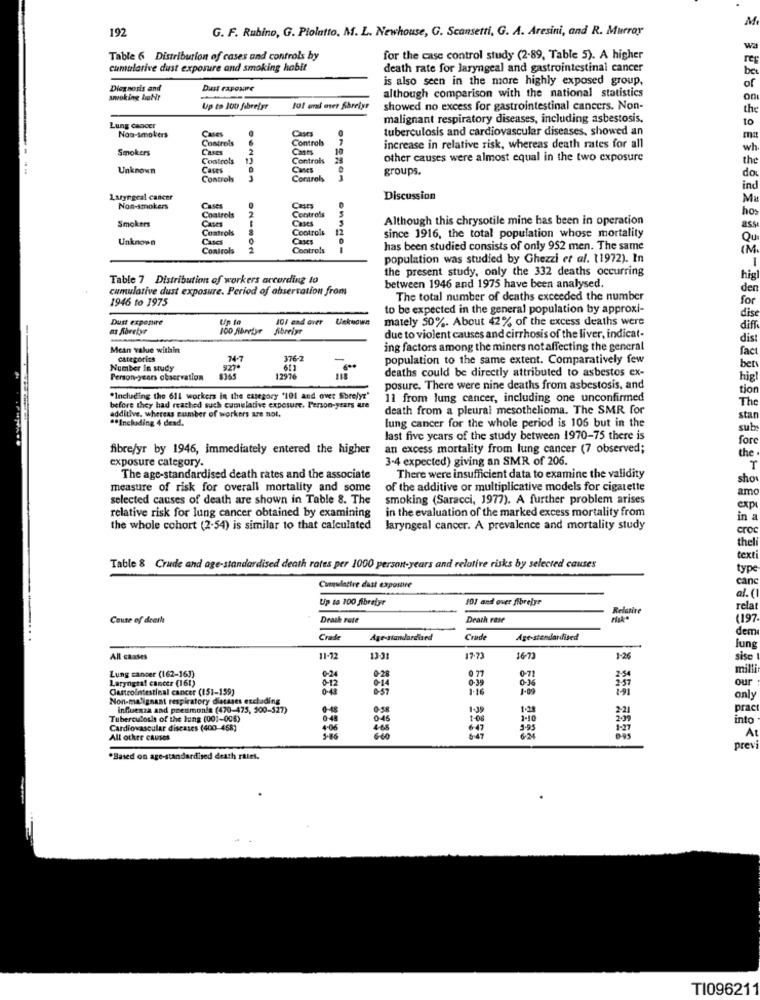
M
192
G. F. Rubino, G. Plolatto, M. L. Newhouse, G. Scansetti, G. A. Aresini, and R. Murray
w
Table 6 Distribution of cases and controls by
for the case control study (2-89, Table 5). A higher
re
cumulative dust exposure and smoking habit
death rate for laryngeal and gastrointestinal cancer
is also seen in the more highly exposed group,
be
Diagnosis and
Dust rapoure
although comparison with the national statistics
of
smoking habt
on
Up to lot fibrefyr
101 ural over Shrelys
showed no excess for gastrointestinal cancers. Non-
the
malignant respiratory diseases, including asbestosis.
to
Lung Cancer
Cases
Cases
tuberculosis and cardiovascular diseases, showed an
Non-smokers
Controls
Controls
ma
Smokers
Cases
Casts
10
increase in relative risk, whereas death rates for all
wh
Controls
Controls
24
other causes were almost equal in the two exposure
the
Unknown
Cases
Caes
groups.
Controls
Comrols
do
ind
Laryngeal cancer
Discussion
M
Non-smokers
Cases
Controls
Controls
hos
Smokers
Cases
Cases
Although this chrysotile mine has been in operation
Controls
Cootrois
12
ass
Unknown
Cucs
since 1916, the total population whose mortality
Controls
2
ON-SON
Controls
has been studied consists of only 952 men. The same
(M.
population was studied by Ghezzi et al. (1972). In
the present study, only the 332 deaths occurring
Table 7 Distribution of workers according to
hig
cumulative dust exposure. Period of observation from
between 1946 and 1975 have been analysed.
den
1946 to 1975
The total number of deaths exceeded the number
for
to be expected in the general population by approxi-
dise
Dust exposure
Up to
101 and orer Uekuowe
mately 50%. About 42% of the excess deaths were
as Abretyr
100 Abreise
Abreist
diff
due to violent causes and cirrhosis of the liver, indicat-
dis
Mean value within
ing factors among the miners not affecting the general
fac
categories
74-7
376-2
population to the same extent. Comparatively few
Number In study
927
deaths could be directly attributed to asbestos ex-
bets
Person-years observation
12976
hig
posure. There were nine deaths from asbestosis, and
tion
"Including the 611 workers in the essegory '101 and over Sbrelyr"
11 from lung cancer, including one unconfirmed
The
before they had reached such cumulative exposure. Person-years are
additive. whereas number of workers are not,
death from a pleural mesothelioma. The SMR for
** Including 4 dead.
lung cancer for the whole period is 105 but in the
star
sub
last five years of the study between 1970-75 there is
for
fibre/yr by 1946, immediately entered the higher
an excess mortality from lung cancer (7 observed;
exposure category.
3-4 expected) giving an SMR of 206.
the
T
The age-standardised death rates and the associate
There were insufficient data to examine the validity
sho
measure of risk for overall mortality and some
of the additive or multiplicative models for cigarette
am
selected causes of death are shown in Table 8. The
smoking (Saracci, 1977). A further problem arises
relative risk for lung cancer obtained by examining
in the evaluation of the marked excess mortality from
exp
in
the whole cohort (2-54) is similar to that calculated
laryngeal cancer. A prevalence and mortality study
cro
thel
text
Table & Crude and age-standardised death rates per 1000 person-years and relative risks by selected causes
type
canc
Cumulative dast exposure
al.
Up ta 100 fibrelyr
101 and over fibrebyr
Relative
rela
Cause of deerla
Death rate
Death rate
(197
dem
Crade
Age-standardised
Crade
Age-standardised
Jung
All causes
11-12
13-31
1-26
sise
Lung cancer (162-16])
0-71
mill
Laryngtal cancez (161)
012
0-28
014
0 77
our
Gastrointestinal cancer (151-159)
0-43
0-ST
1-16
1-09
1-91
Non-malignant respiratory distases excluding
only
influenza and pneumonia (470-475, 500-527)
0:58
1.39
2-21
prac
Tuberculosis of the lung (001-006)
0.45
1-06
1-10
2.99
into
Cardiovascular diseases (400-468)
4.06
+47
3.95
A
All other causes
prev
.Based on age-standardised death rates,
TI096211